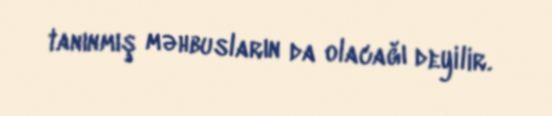
tanınmış məhbusların da olacağı deyilir.